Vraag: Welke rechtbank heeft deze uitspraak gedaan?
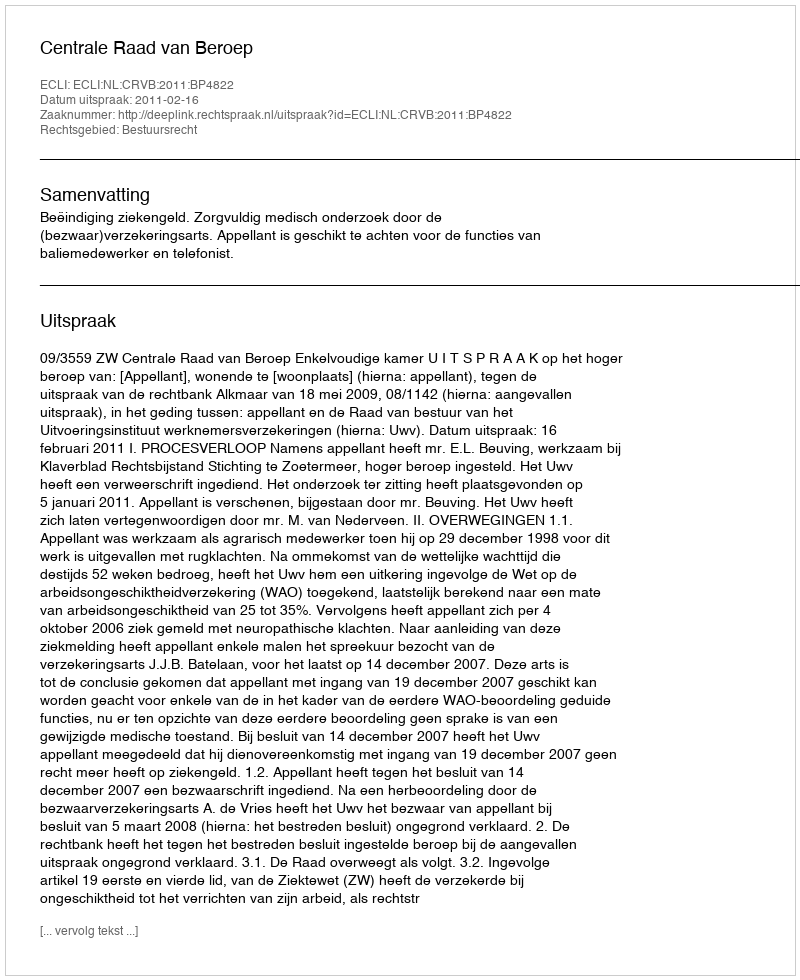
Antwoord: Centrale Raad van Beroep